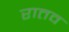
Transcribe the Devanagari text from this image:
रातव